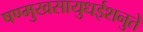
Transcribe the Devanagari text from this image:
षण्मुखसायुधईशनुते